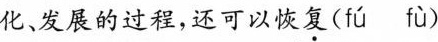
化、发展的过程，还可以恢复(f\acute{u} f\grave{u} )